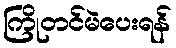
ကြိုတင်မဲပေးရန်